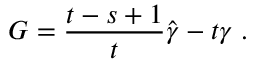
G = \frac { t - s + 1 } { t } \hat { \gamma } - t \gamma \; .